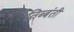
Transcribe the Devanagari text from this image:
तिब्बंती